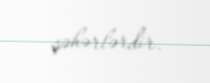
şəhərlərdir.